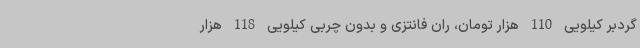
گردبر کیلویی 110 هزار تومان، ران فانتزی و بدون چربی کیلویی 118 هزار